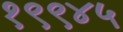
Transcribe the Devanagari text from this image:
१९९४५